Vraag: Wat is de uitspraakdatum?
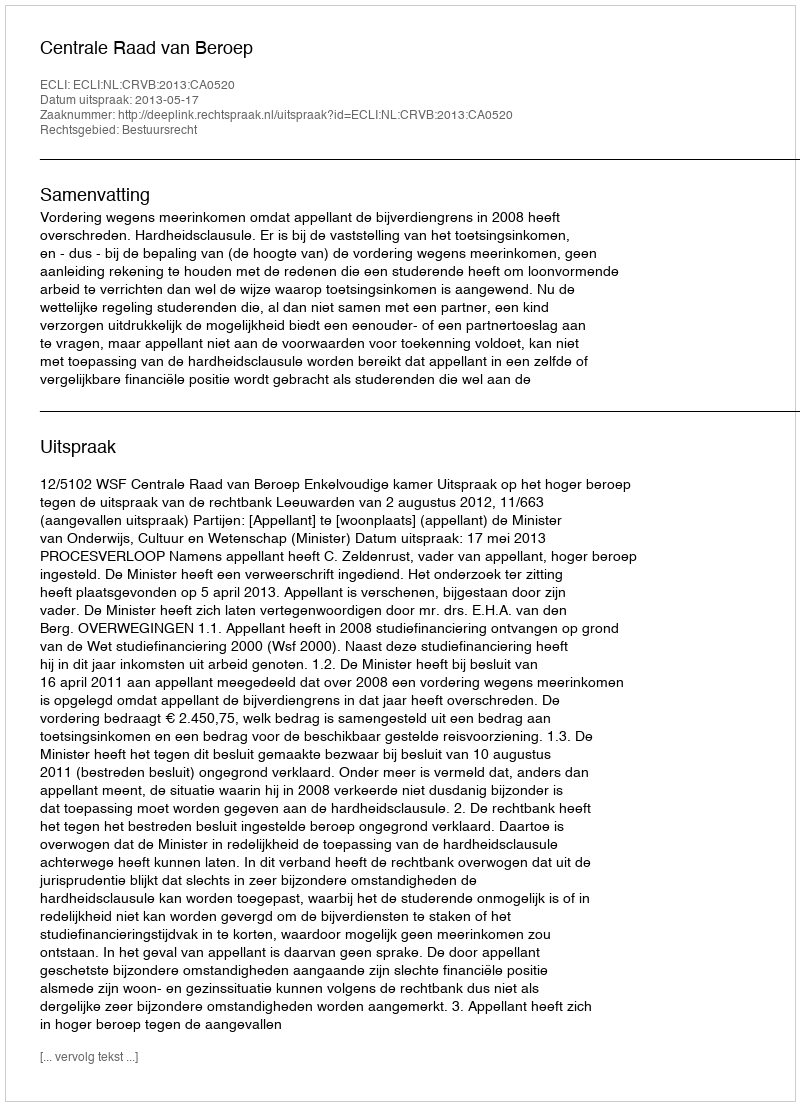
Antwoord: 2013-05-17